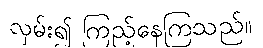
လှမ်း၍ ကြည့်နေကြသည်။